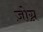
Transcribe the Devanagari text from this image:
ज़ोग्न